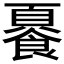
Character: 𲋛